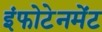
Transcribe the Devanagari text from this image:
इंफोटेनमेंट